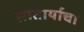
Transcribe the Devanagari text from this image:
सातार्याचा